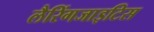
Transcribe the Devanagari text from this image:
लैरिंगजाइटिस